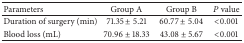
<table><thead><tr><td><b>Parameters</b></td><td><b>Group A</b></td><td><b>Group B</b></td><td><b><i>P</i> value</b></td></tr></thead><tbody><tr><td>Duration of surgery (min)</td><td>71.35 ± 5.21</td><td>60.77 ± 5.04</td><td>&lt;0.001</td></tr><tr><td>Blood loss (mL)</td><td>70.96 ± 18.33</td><td>43.08 ± 5.67</td><td>&lt;0.001</td></tr></tbody></table>